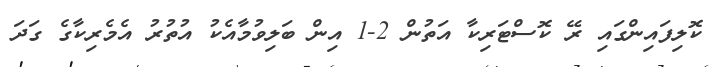
ކޮލިފައިންގައި ރޭ ކޮސްޓަރިކާ އަތުން 2-1 އިން ބަލިވުމާއެކު އުތުރު އެމެރިކާގެ ގަދަ